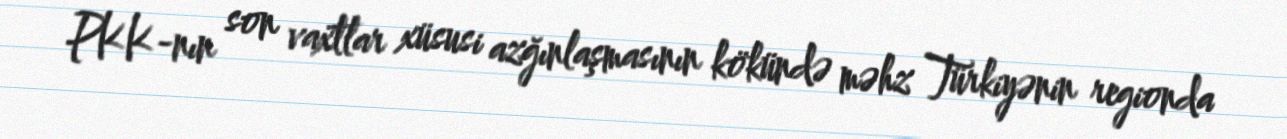
PKK-nın son vaxtlar xüsusi azğınlaşmasının kökündə məhz Türkiyənin regionda